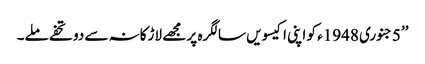
’’5جنوری 1948ء کو اپنی اکیسویں سالگرہ پر مجھے لاڑکانہ سے دو تحفے ملے۔